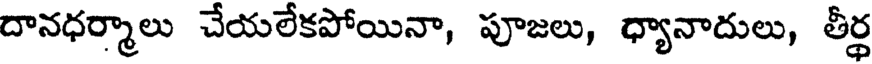
దానధర్మాలు చేయలేకపోయినా, పూజలు, ధ్యానాదులు, తీర్థ